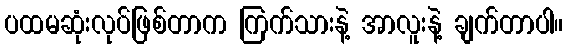
ပထမဆုံးလုပ်ဖြစ်တာက ကြက်သားနဲ့ အာလူးနဲ့ ချက်တာပါ။